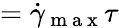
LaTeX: =\dot{\gamma}_{\mathrm{~m~a~x~}}\tau